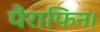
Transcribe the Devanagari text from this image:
पैराफिन।